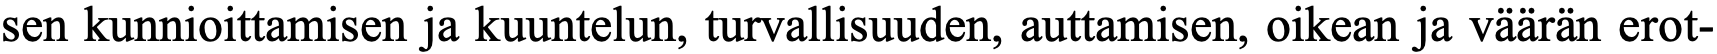
sen kunnioittamisen ja kuuntelun, turvallisuuden, auttamisen, oikean ja väärän erot-